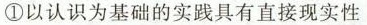
①以认识为基础的实践具有直接现实性